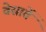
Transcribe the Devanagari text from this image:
वेसावें